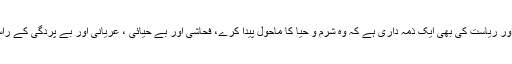
مسلمان معاشرے اور ریاست کی بھی ایک ذمہ داری ہے کہ وہ شرم و حیا کا ماحول پیدا کرے، فحاشی اور بے حیائی ، عریانی اور بے پردگی کے راستے مسدود کرے۔